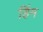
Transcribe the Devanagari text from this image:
हिंम